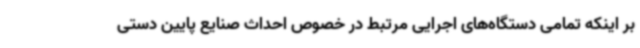
بر اینکه تمامی دستگاه‌های اجرایی مرتبط در خصوص احداث صنایع پایین دستی